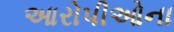
આરોપીઓના